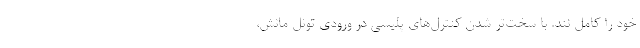
خود را کامل نند. با سخت‌تر شدن کنترل‌های پلیسی در ورودی تونل مانش،